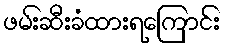
ဖမ်းဆီးခံထားရကြောင်း